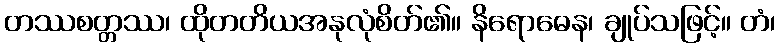
တဿစတ္တဿ၊ ထိုတတိယအနုလုံစိတ်၏။ နိရောဓေန၊ ချုပ်သဖြင့်။ တံ၊